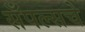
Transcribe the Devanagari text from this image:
सँपल्सचे